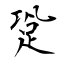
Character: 跫